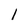
Character: 1